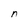
Character: n